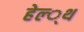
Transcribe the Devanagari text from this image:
हेल्‍्थ